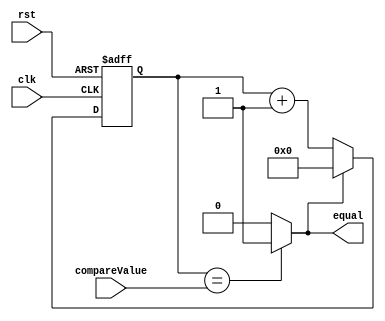
module countCompare
#(
  parameter NBITS = 8
)
(
  input	clk,
  input rst,
  input	[NBITS-1:0] compareValue,
  output reg equal
);

  reg [NBITS-1:0] counter;

  always @ (negedge rst or posedge clk) begin
    if (!rst) begin
      counter <= {NBITS{1'b0}};
    end
    else begin
      if (equal) begin
        counter <= {NBITS{1'b0}};
      end
      else begin
        counter <= counter + 1'b1;
      end
    end
  end

  always @ (compareValue or counter) begin
    if (counter == compareValue) begin
      equal = 1'b1;
    end
    else begin
      equal = 1'b0;
    end
  end

endmodule